Leaving Certificate Examination (including Day School Certificate (Higher) General paper), 1934
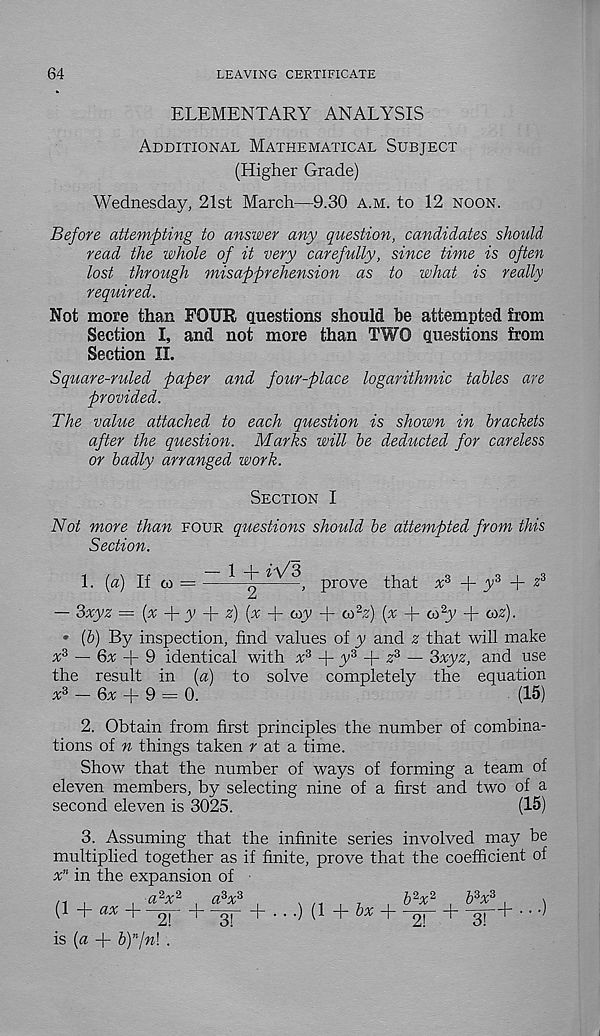
64
LEAVING CERTIFICATE
ELEMENTARY ANALYSIS
Additional Mathematical Subject
(Higher Grade)
Wednesday, 21st March—9.30 a.m. to 12 noon.
Before attempting to answer any question, candidates should
read the whole of it very carefully, since time is often
lost through misapprehension as to what is really
required.
Not more than FOUR questions should be attempted from
Section I, and not more than TWO questions from
Section II.
Square-ruled paper and four-place logarithmic tables are
provided.
The value attached to each question is shown in brackets
after the question. Marks will be deducted for careless
or badly arranged work.
Section I
Not more than four questions should be attempted from this
Section.
1. {a) If co — —*
iVS' p rove that x 3 + y 3 + z 3
-~ 3xyz = (a; + y -f- £) (a: + coy + co 2 ,?) (x + co 2 y + co?).
• (&) By inspection, find values of y and ? that will make
x 3 — Qx f- 9 identical with a 3 + y 3 + ? 3 — 3xyz, and use
the result in (a) to solve completely the equation
* 3 - 6% + 9 = 0.
(15)
2. Obtain from first principles the number of combina-
tions of n things taken r at a time.
Show that the number of ways of forming a team of
eleven members, by selecting nine of a first and two of a
second eleven is 3025.
(15)
3. Assuming that the infinite series involved may be
multiplied together as if finite, prove that the coefficient of
x n in the expansion of
(\ -\- ax -\ 2j
1 gj f~ • • •) (1 + ^ H—ni—1 m
• • •'
is {a -f bp/nl .
2!
3!
i